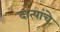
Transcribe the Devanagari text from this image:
दात्यांचे